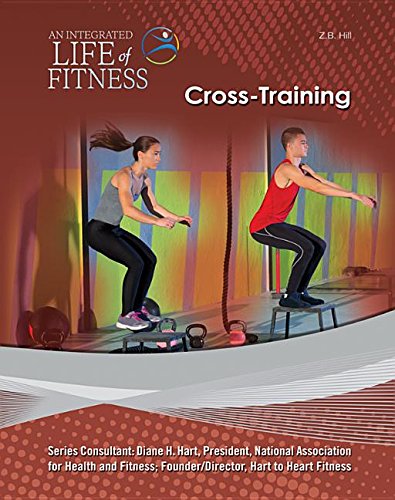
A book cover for Cross-Training (An Integrated Life of Fitness); Z. B. Hill; Teen & Young Adult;